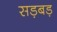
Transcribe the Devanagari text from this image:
सड़बड़